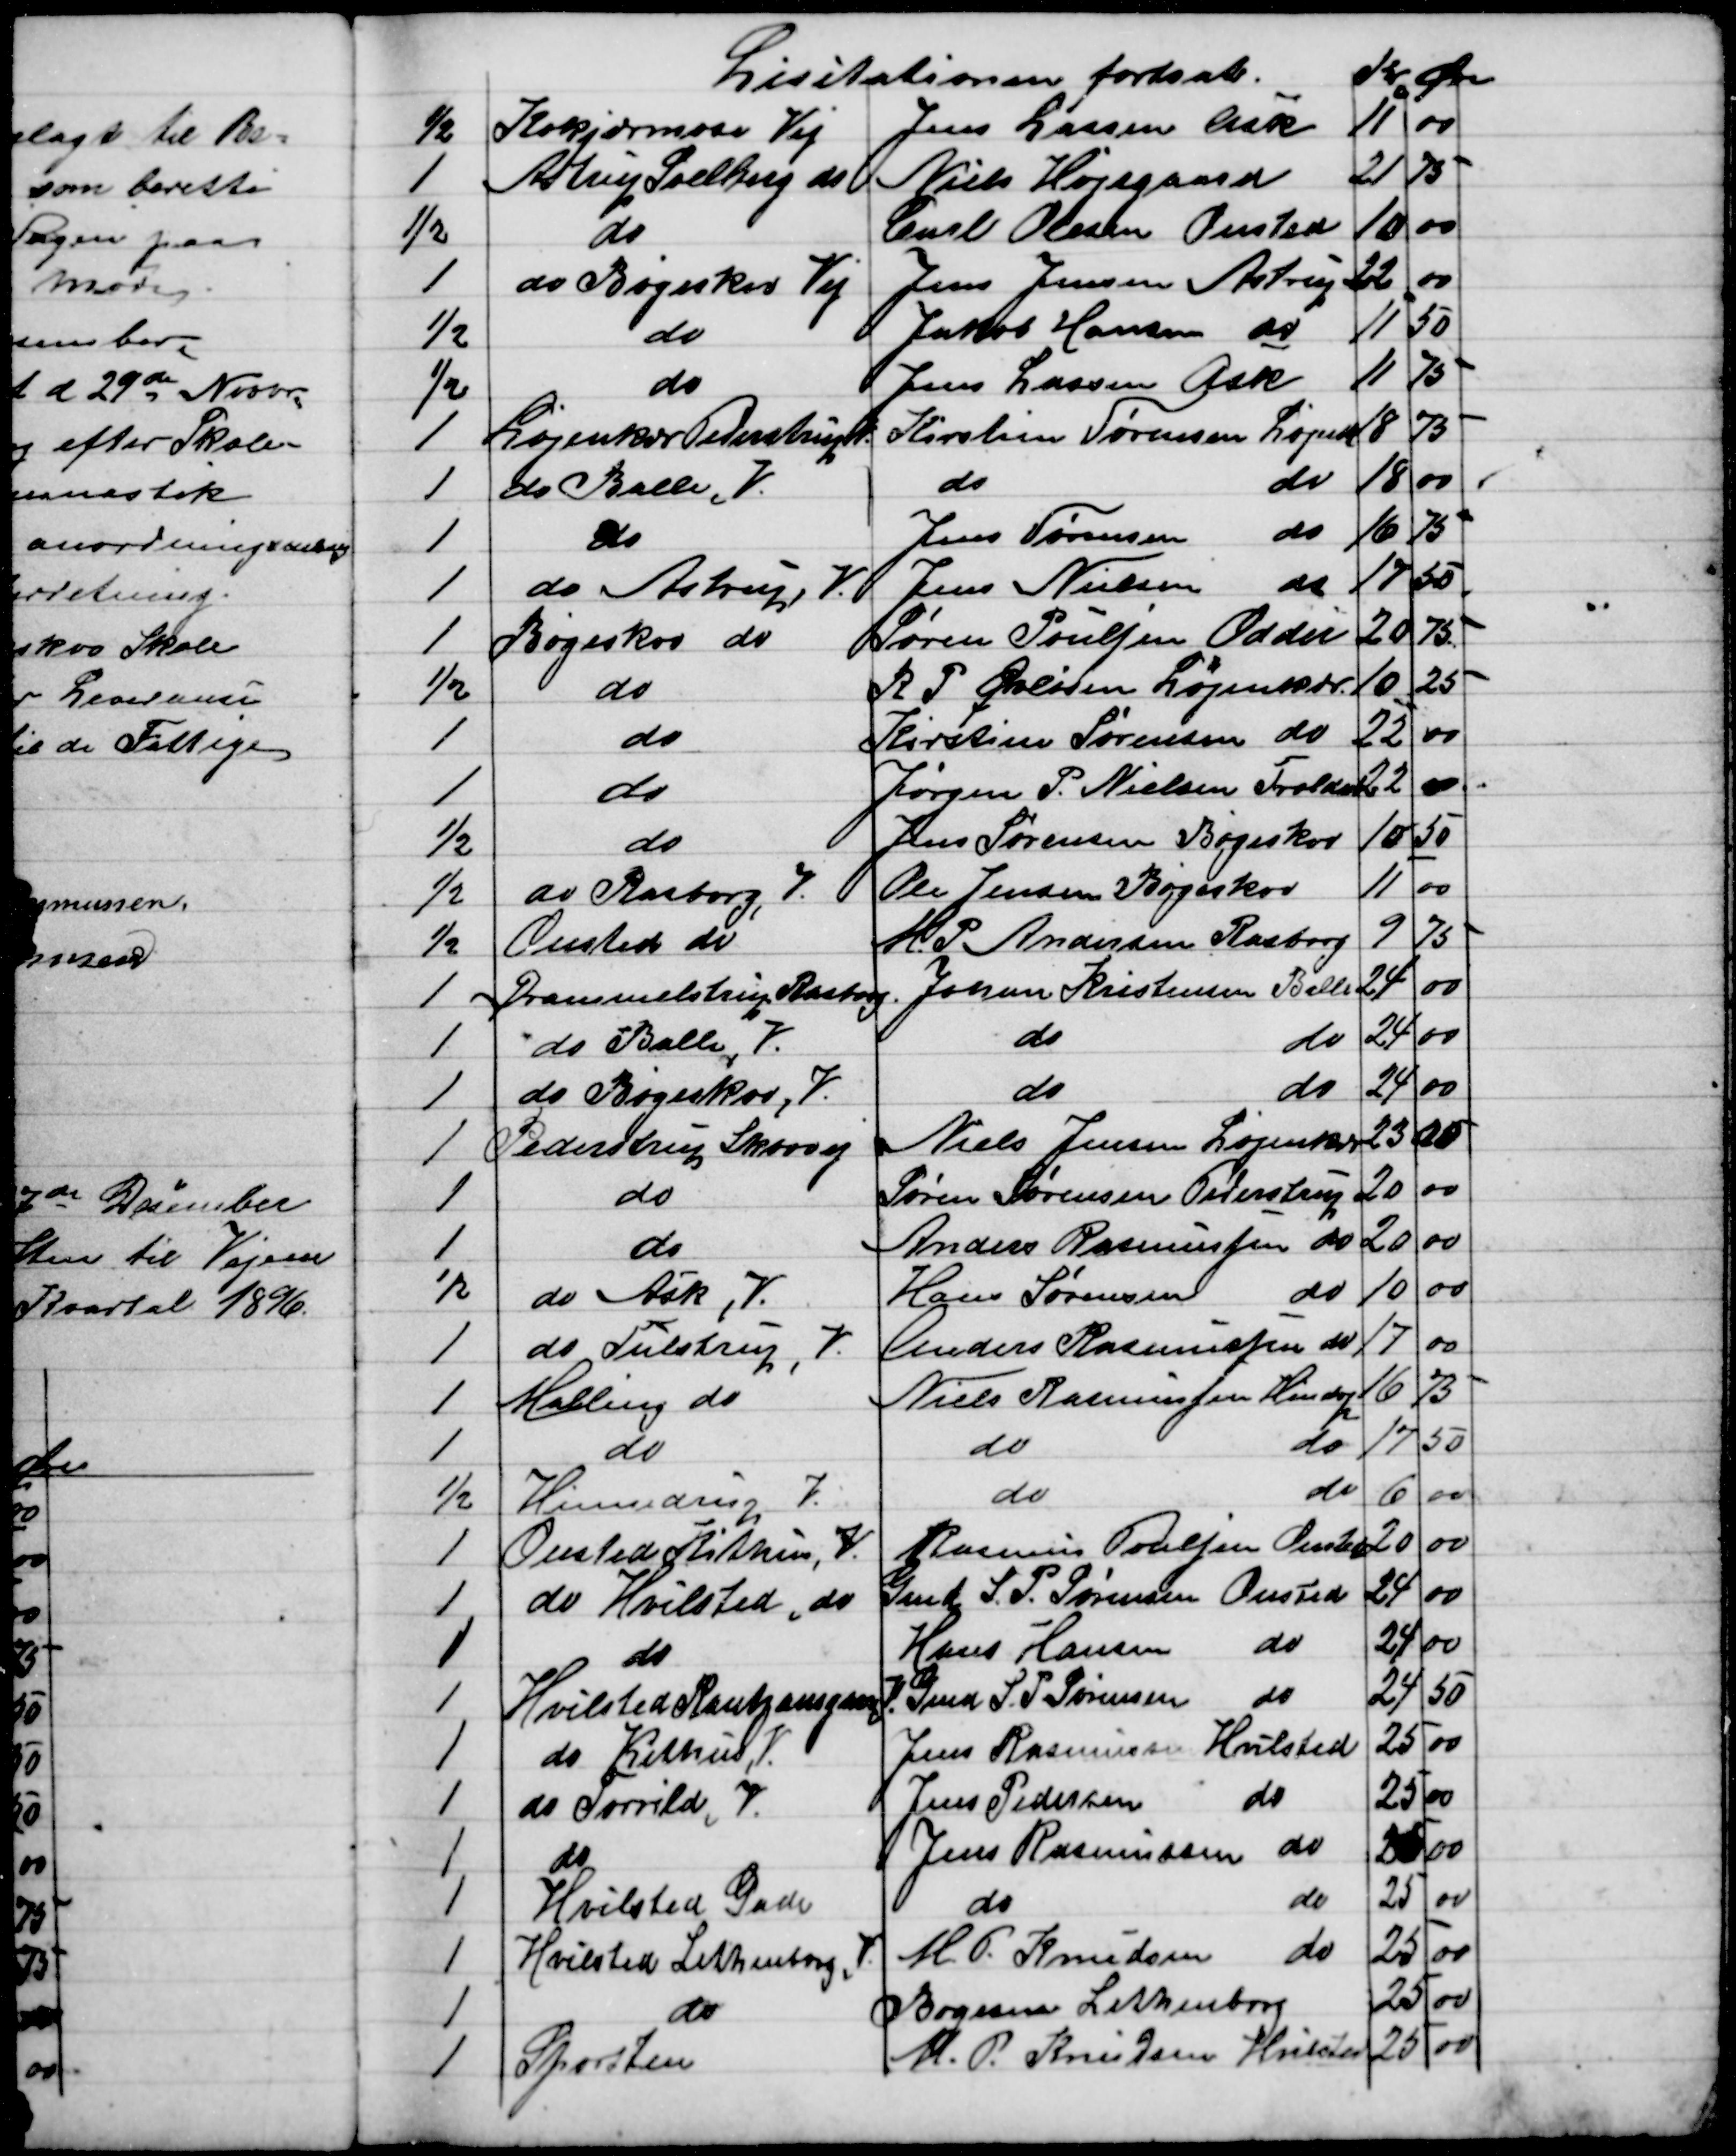
Transskription:
Lisitationen fortsat.
Kr 
Øre
½
Kokjærmose Vej
Jens Larsen Ask
11
00
1
Astrup Soelberg do
Niels Højsgaard
21
75
½
do
Carl Olesen Onsted
10
00
1
do Bøgeskov Vej
Jens Jensen Astrup
22
00
½
do
Jakob Hansen do
11
50
½
do
Jens Lassen Ask
11
75
1
Løjenkær Pederstrup V.
Kirstine Sørensen Løjenk
18
75
1
do Balle V.
do
do
18
00
1
do
Jens Sørensen 
do
16
75
1
do Astrup V.
Jens Nielsen 
do
17
50
1
Bøgeskov do
Søren Poulsen Odder
20
75
½
do
R. P. Øvlisen Løjenkær
10
25
1
do
Kirstine Sørensen do
22
00
1
do
Jørgen P. Nielsen Troldal
22
00
½
do
Jens Sørensen Bøgeskov
10
50
½
do Rasborg V.
Ole Jensen Bøgeskov
11
00
½
Onsted do
M. P. Andersen Rasborg
9
75
1
Drammelstrup Rasborg
Johan Kristensen Balle.
24
00
1
do Balle V.
do
do
24
00
1
do Bøgeskov, V.
do
do
24
00
 1
Pederstrup Skovvej
Niels Jensen Løjenkær
23
00
1
do
Søren Sørensen Pederstrup
20
00
1
do
Anders Rasmussen do
20
00
½
do Ask, V.
Hans Sørensen 
do
10
00
1
do Tulstrup, V.
Anders Rasmussen do
17
00
1
Malling do
Niels Rasmussen Hindrp
16
75
1
do
do
do
17
50
½
Hinnedrup V.
do
do
6
00
1
Onsted Kithus, V.
Rasmus Poulsen Onsted
20
00
1
do Hvilsted, do
Gmd S. P. Sørensen Onsted
24
00
1
do
Hans Hansen do
24
00
1
Hvilsted Rantzausgave V.
Gmd S. P. Sørensen do
24
50
1
do Kithus, V.
Jens Rasmussen Hvilsted
25
00
1
do Torrild, V.
Jens Pedersen 
do
25
00
1
do
Jens Rasmussen do
25
00
1
Hvilsted Gade
do
do
25
00
1
Hvilsted Lethenborg V.
M. P. Knudsen do
25
00
1
do
Bogesen Lethenborg
25
00
1
Sporsten
M. P. Knudsen Hvilsted
25
00